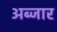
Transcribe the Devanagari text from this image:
अब्जार